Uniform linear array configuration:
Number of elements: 4
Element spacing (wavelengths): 1
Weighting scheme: cosine
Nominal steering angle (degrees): -45
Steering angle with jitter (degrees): -46.491
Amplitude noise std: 0.05
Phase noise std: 0.05

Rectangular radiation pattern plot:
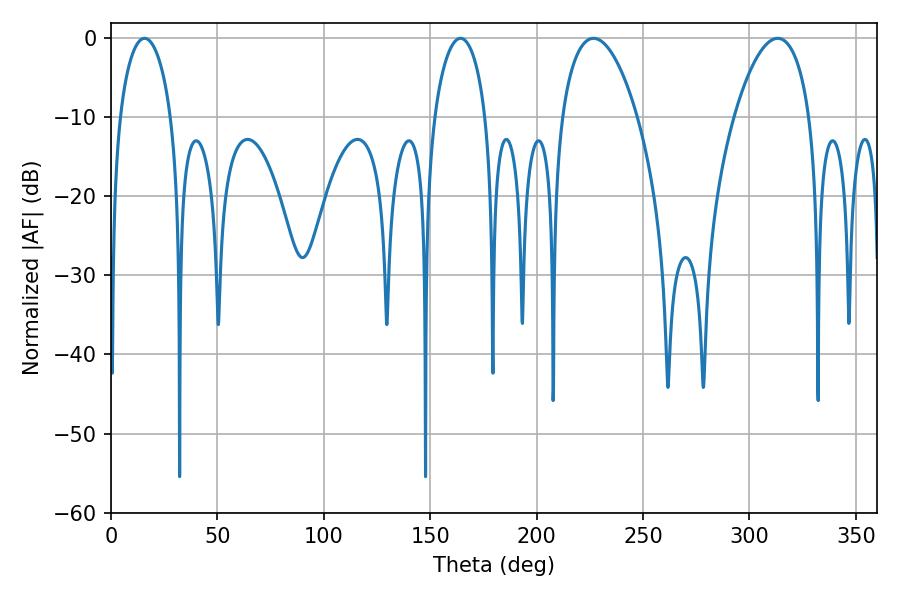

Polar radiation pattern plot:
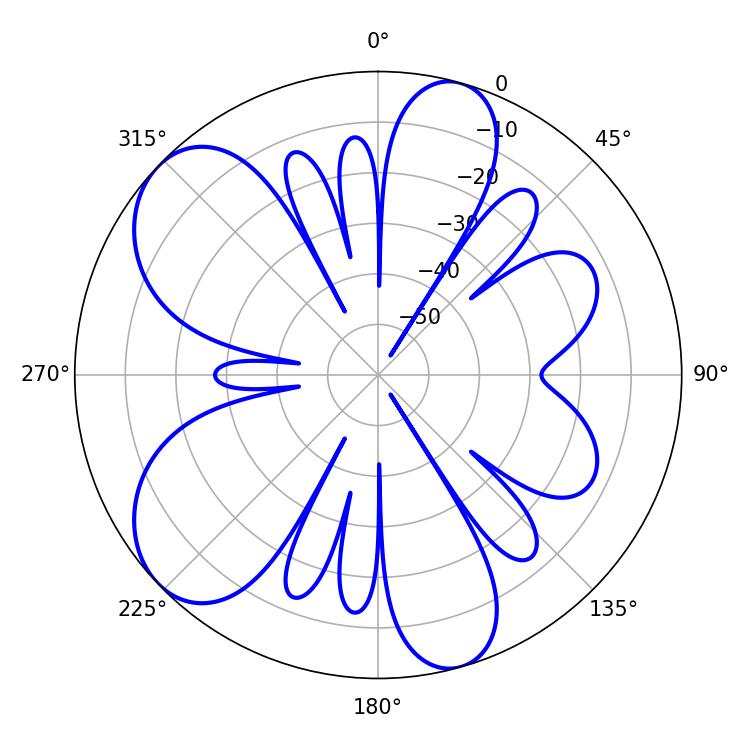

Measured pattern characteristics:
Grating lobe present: TRUE
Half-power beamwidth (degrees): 19.8
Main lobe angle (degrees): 226.8